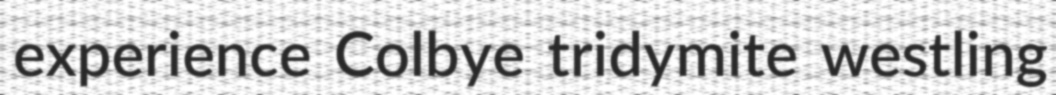
experience Colbye tridymite westling